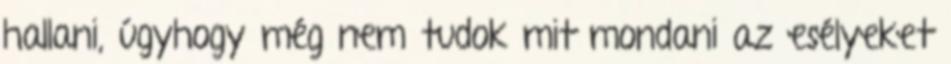
hallani, úgyhogy még nem tudok mit mondani az esélyeket